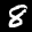
Label: 8